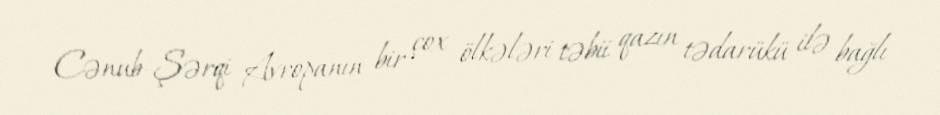
Cənub-Şərqi Avropanın bir çox ölkələri təbii qazın tədarükü ilə bağlı